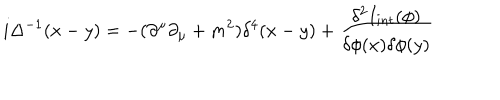
LaTeX: i \Delta ^ { - 1 } ( x - y ) = - { ( \partial ^ { \mu } \partial _ { \mu } + m ^ { 2 } ) } { \delta ^ { 4 } ( x - y ) } + { \frac { \delta ^ { 2 } I _ { i n t } ( \phi ) } { \delta \phi ( x ) \delta \phi ( y ) } }